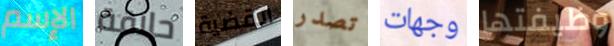
الإسم حلاقة القضية تصدر وجهات وظيفتها